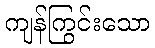
ကျန်ကြွင်းသော